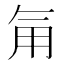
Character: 𮗟